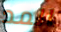
المد